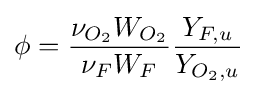
\phi ={\frac {\nu _{O_{2}}W_{O_{2}}}{\nu _{F}W_{F}}}{\frac {Y_{F,u}}{Y_{O_{2},u}}}